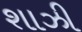
શાઝી